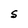
Character: S